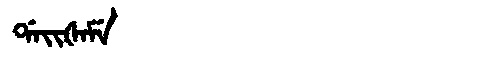
Manchu: ᡩᠠᡳᡧᠠᠮᡝ
Romanization: DAIŠAME